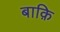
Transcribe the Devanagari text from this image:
बाक़ि